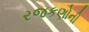
રજકણોની